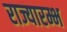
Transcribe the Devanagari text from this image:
राज्यारम्भ